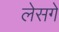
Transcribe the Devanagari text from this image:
लेसगे